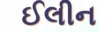
ઈલીન